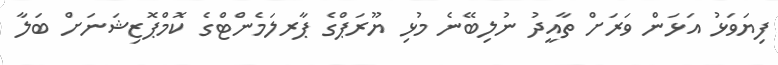
ފިޔަވަޅު އަަޅަން ވަރަށް ތާއީދު ނުލިބޭނެ މުޅި ޔޫރަޕްގެ ޕާރލަމެންޓްގެ ކޮމްޕޮޒިޝަނަށް ބަލާ